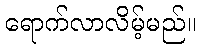
ရောက်လာလိမ့်မည်။